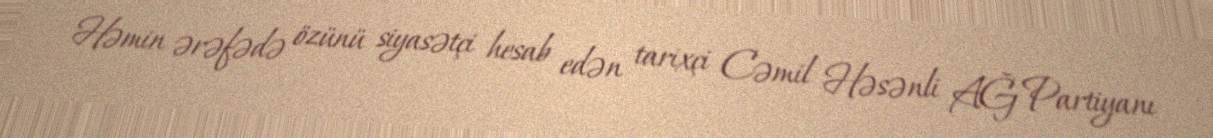
Həmin ərəfədə özünü siyasətçi hesab edən tarixçi Cəmil Həsənli AĞ Partiyanı